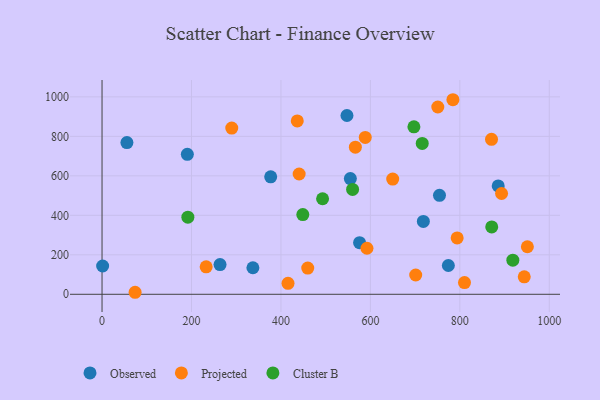
{"axis": {"x": "Engine Size", "y": "Fuel Efficiency"}, "legend": ["Cluster B", "Observed", "Projected"], "data": [{"x": "263.8", "y": 150.6, "type": "Observed"}, {"x": "575.8", "y": 261.6, "type": "Observed"}, {"x": "774.3", "y": 145.9, "type": "Observed"}, {"x": "337.3", "y": 134.4, "type": "Observed"}, {"x": "1.3", "y": 143.4, "type": "Observed"}, {"x": "55.6", "y": 768.3, "type": "Observed"}, {"x": "754.5", "y": 501.2, "type": "Observed"}, {"x": "377.1", "y": 595.1, "type": "Observed"}, {"x": "885.8", "y": 548.8, "type": "Observed"}, {"x": "555.2", "y": 586.0, "type": "Observed"}, {"x": "547.6", "y": 905.5, "type": "Observed"}, {"x": "718.4", "y": 369.1, "type": "Observed"}, {"x": "190.7", "y": 709.0, "type": "Observed"}, {"x": "750.7", "y": 948.7, "type": "Projected"}, {"x": "944.0", "y": 88.5, "type": "Projected"}, {"x": "794.0", "y": 285.3, "type": "Projected"}, {"x": "701.3", "y": 97.6, "type": "Projected"}, {"x": "810.4", "y": 59.5, "type": "Projected"}, {"x": "290.0", "y": 841.9, "type": "Projected"}, {"x": "588.5", "y": 794.6, "type": "Projected"}, {"x": "73.9", "y": 10.2, "type": "Projected"}, {"x": "566.4", "y": 745.3, "type": "Projected"}, {"x": "459.9", "y": 133.0, "type": "Projected"}, {"x": "870.8", "y": 785.1, "type": "Projected"}, {"x": "649.9", "y": 583.5, "type": "Projected"}, {"x": "415.8", "y": 55.4, "type": "Projected"}, {"x": "440.7", "y": 609.3, "type": "Projected"}, {"x": "893.3", "y": 510.5, "type": "Projected"}, {"x": "232.8", "y": 139.2, "type": "Projected"}, {"x": "951.0", "y": 240.8, "type": "Projected"}, {"x": "436.5", "y": 878.1, "type": "Projected"}, {"x": "784.5", "y": 985.5, "type": "Projected"}, {"x": "592.3", "y": 233.2, "type": "Projected"}, {"x": "191.9", "y": 390.8, "type": "Cluster B"}, {"x": "493.1", "y": 483.8, "type": "Cluster B"}, {"x": "715.9", "y": 764.3, "type": "Cluster B"}, {"x": "871.3", "y": 341.2, "type": "Cluster B"}, {"x": "918.5", "y": 173.0, "type": "Cluster B"}, {"x": "448.9", "y": 403.9, "type": "Cluster B"}, {"x": "560.2", "y": 531.4, "type": "Cluster B"}, {"x": "697.3", "y": 848.3, "type": "Cluster B"}]}